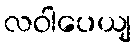
လဝါပေယျ